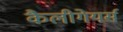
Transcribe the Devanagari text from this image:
कैलीगेयर्स